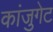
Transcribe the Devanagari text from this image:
कांजुगेट